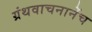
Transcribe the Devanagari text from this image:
ग्रंथवाचनानेंच